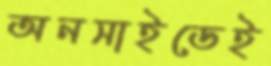
অনসাইডেই